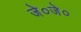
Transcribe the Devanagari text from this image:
जे०जे०